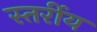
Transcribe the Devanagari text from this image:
स्तर्रीय